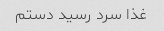
غذا سرد رسید دستم